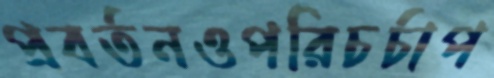
প্রবর্তনওপরিচর্চাপ